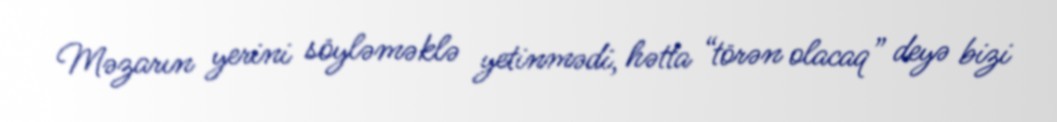
Məzarın yerini söyləməklə yetinmədi, hətta “törən olacaq” deyə bizi